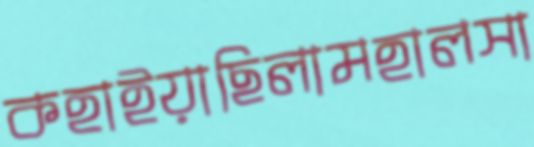
কহাইয়াছিলামহালসা